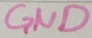
Text: GND